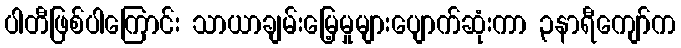
ပါတီဖြစ်ပါကြောင်း သာယာချမ်းမြေ့မှုများပျောက်ဆုံးကာ ၃နာရီကျော်က